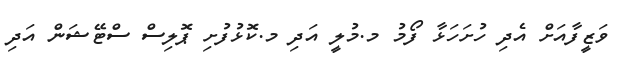
ވަޒީފާއަށް އެދި ހުށަހަޅާ ފޯމު މ.މުލީ އަދި މ.ކޮޅުފުށި ޕޮލިސް ސްޓޭޝަން އަދި